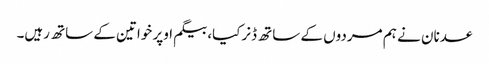
عدنان نے ہم مردوں کے ساتھ ڈنرکیا، بیگم اوپر خواتین کے ساتھ رہیں۔